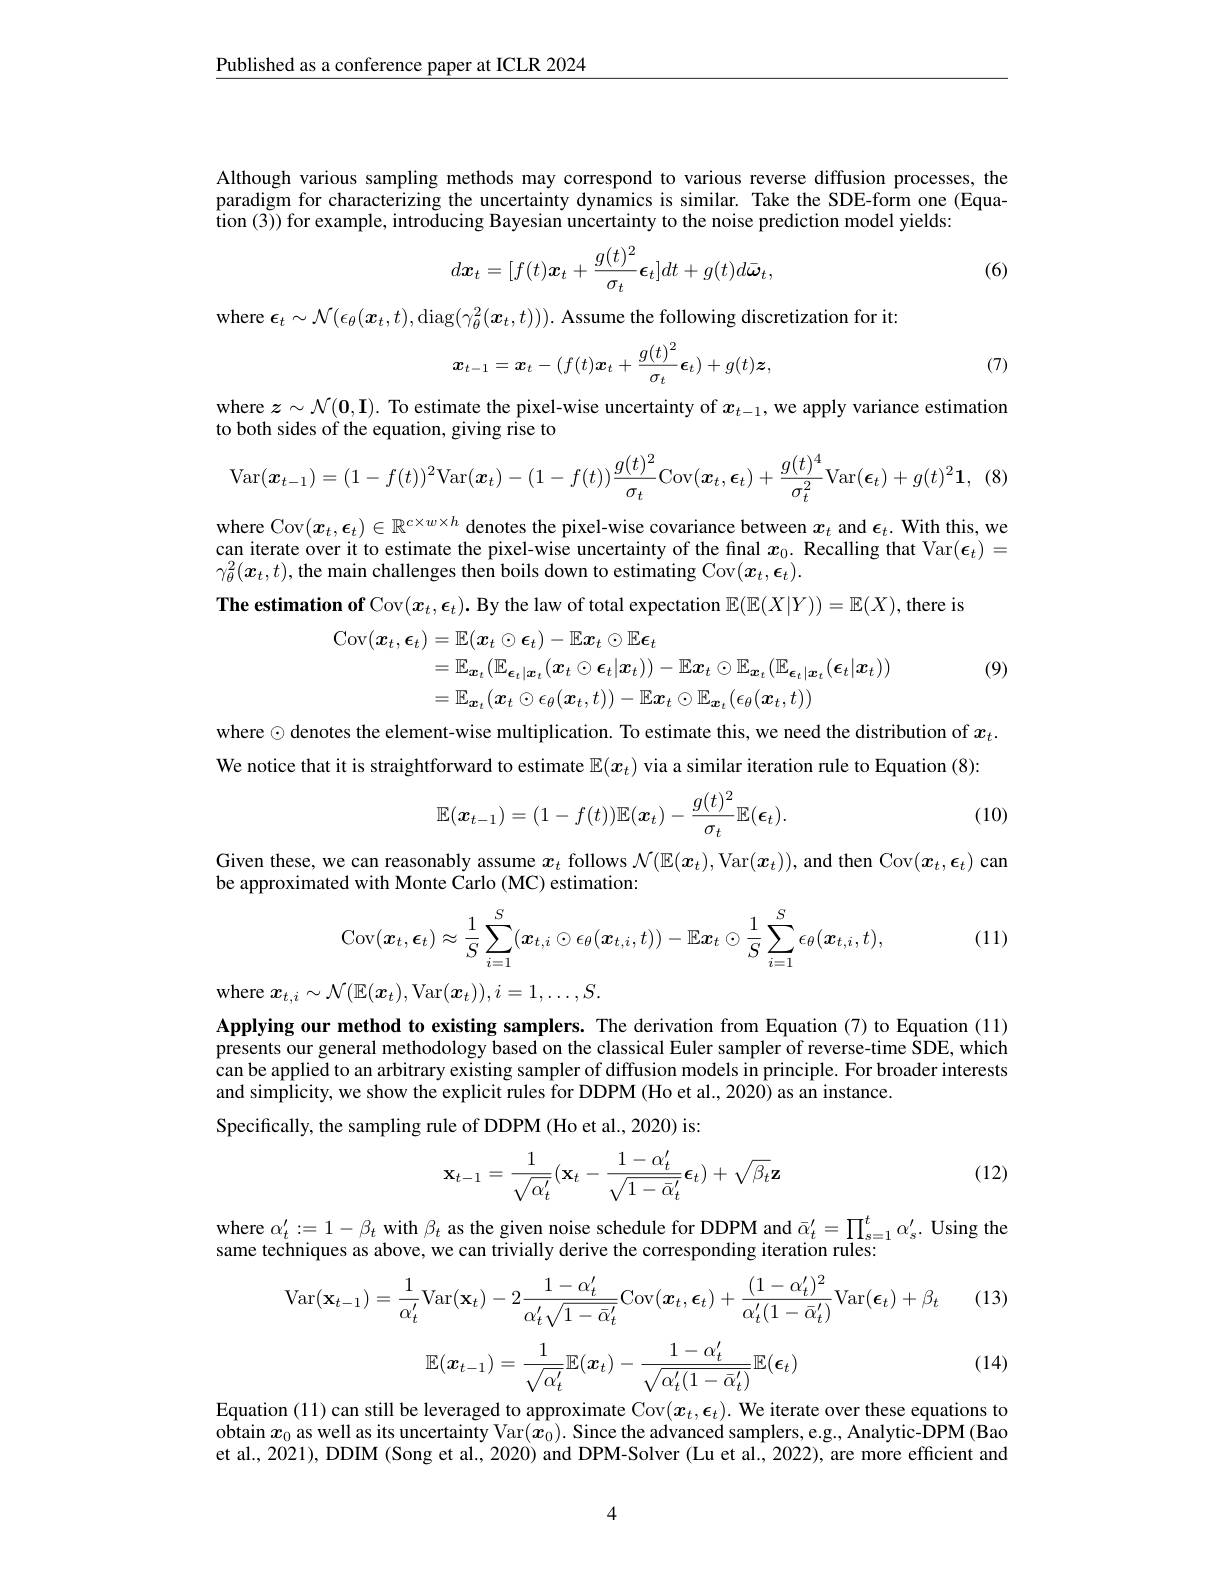
$\underline{\text{Published as a conference paper at ICLR 2024}}$

Although various sampling methods may correspond to various reverse diffusion processes, the paradigm for characterizing the uncertainty dynamics is similar. Take the SDE-form one (Equation (3)) for example, introducing Bayesian uncertainty to the noise prediction model yields:
$$d\boldsymbol{x}_t=[f(t)\boldsymbol{x}_t+\frac{g(t)^2}{\sigma_t}\boldsymbol{\epsilon}_t]dt+g(t)d\bar{\boldsymbol{\omega}}_t,$$
(6)

where $\epsilon_t\sim\mathcal{N}(\epsilon_\theta(\boldsymbol{x}_t,t)$,diag$(\gamma_\theta^2(\boldsymbol{x}_t,t))).$ Assume the following discretization for it

(7)
$$\boldsymbol{x}_{t-1}=\boldsymbol{x}_{t}-(f(t)\boldsymbol{x}_{t}+\frac{g(t)^{2}}{\sigma_{t}}\boldsymbol{\epsilon}_{t})+g(t)\boldsymbol{z},$$
where $z\sim\mathcal{N}(\mathbf{0},\mathbf{I}).$ To estimate the pixel-wise uncertainty of $x_t-1$, we apply variance estimation
to both sides of the equation, giving rise to
$$\mathrm{Var}(\boldsymbol{x}_{t-1})=(1-f(t))^{2}\mathrm{Var}(\boldsymbol{x}_{t})-(1-f(t))\frac{g(t)^{2}}{\sigma_{t}}\mathrm{Cov}(\boldsymbol{x}_{t},\boldsymbol{\epsilon}_{t})+\frac{g(t)^{4}}{\sigma_{t}^{2}}\mathrm{Var}(\boldsymbol{\epsilon}_{t})+g(t)^{2}\mathbf{1},\:(8)$$
where Cov$(\boldsymbol{x}_t,\boldsymbol{\epsilon}_t)\in\mathbb{R}^{c\times w\times h}$ denotes the pixel-wise covariance between $\boldsymbol{x}_t$ and $\boldsymbol{\epsilon}_t.$ With this, we can iterate over it to estimate the pixel-wise uncertainty of the final $x_0.$ Recalling that Var$(\boldsymbol\epsilon_t)=$ $\gamma_{\theta}^{2}(\boldsymbol{x}_{t},t)$,the main challenges then boils down to estimating Cov$(\boldsymbol x_{t},\boldsymbol\epsilon_{t}).$
The estimation of Cov$(x_t,\epsilon_t).$ By the law of total expectation $\mathbb{E}(\mathbb{E}(X|Y))=\mathbb{E}(X)$,there is

(9)
$$\begin{aligned}\operatorname{Cov}(\boldsymbol{x}_{t},\boldsymbol{\epsilon}_{t})&=\mathbb{E}(\boldsymbol{x}_{t}\odot\boldsymbol{\epsilon}_{t})-\mathbb{E}\boldsymbol{x}_{t}\odot\mathbb{E}\boldsymbol{\epsilon}_{t}\\&=\mathbb{E}_{\boldsymbol{x}_{t}}(\mathbb{E}_{\boldsymbol{\epsilon}_{t}|\boldsymbol{x}_{t}}(\boldsymbol{x}_{t}\odot\boldsymbol{\epsilon}_{t}|\boldsymbol{x}_{t}))-\mathbb{E}\boldsymbol{x}_{t}\odot\mathbb{E}_{\boldsymbol{x}_{t}}(\mathbb{E}_{\boldsymbol{\epsilon}_{t}|\boldsymbol{x}_{t}}(\boldsymbol{\epsilon}_{t}|\boldsymbol{x}_{t}))\\&=\mathbb{E}_{\boldsymbol{x}_{t}}(\boldsymbol{x}_{t}\odot\epsilon_{\theta}(\boldsymbol{x}_{t},t))-\mathbb{E}\boldsymbol{x}_{t}\odot\mathbb{E}_{\boldsymbol{x}_{t}}(\epsilon_{\theta}(\boldsymbol{x}_{t},t))\\&=\mathbb{E}_{\boldsymbol{x}_{t}}(\boldsymbol{x}_{t}\odot\epsilon_{\theta}(\boldsymbol{x}_{t},t))-\mathbb{E}\boldsymbol{x}_{t}\odot\mathbb{E}_{\boldsymbol{x}_{t}}(\epsilon_{\theta}(\boldsymbol{x}_{t},t))\end{aligned}$$
where $\odot$ denotes the element-wise multiplication. To estimate this, we need the distribution of $x_t.$ We notice that it is straightforward to estimate $\mathbb{E}(x_t)$ via a similar iteration rule to Equation (8):

(10)
$$\mathbb{E}(\boldsymbol{x}_{t-1})=(1-f(t))\mathbb{E}(\boldsymbol{x}_t)-\frac{g(t)^2}{\sigma_t}\mathbb{E}(\boldsymbol{\epsilon}_t).$$
Given these, we can reasonably assume $x_t$ follows $\mathcal{N}(\mathbb{E}(\boldsymbol{x}_t)$,Var$(\boldsymbol{x}_t))$, and then Cov$(\boldsymbol{x}_t,\boldsymbol{\epsilon}_t)$ can
be approximated with Monte $\tilde{\text{Carlo(MC)estimation:}}$

(11)
$$\mathrm{Cov}(\boldsymbol{x}_t,\boldsymbol{\epsilon}_t)\approx\frac{1}{S}\sum_{i=1}^{S}(\boldsymbol{x}_{t,i}\odot\epsilon_{\theta}(\boldsymbol{x}_{t,i},t))-\mathbb{E}\boldsymbol{x}_{t}\odot\frac{1}{S}\sum_{i=1}^{S}\epsilon_{\theta}(\boldsymbol{x}_{t,i},t),$$
where $x_t,i\sim\mathcal{N}(\mathbb{E}(\boldsymbol{x}_t)$,Var$(\boldsymbol x_t)),i=1,\ldots,S.$

Applying our method to existing samplers. The derivation from Equation (7) to Equation (11) presents our general methodology based on the classical Euler sampler of reverse-time $\hat{\text{SDE,which}}$ can be applied to an arbitrary existing sampler of diffusion models in principle. For broader interests and simplicity, we show the explicit rules for DDPM (Ho et al., 2020) as an instance.
Specifically, the sampling rule of DDPM (Ho et al., 2020) is:

(12)
$$\mathbf{x}_{t-1}=\dfrac{1}{\sqrt{\alpha_t'}}(\mathbf{x}_t-\dfrac{1-\alpha_t'}{\sqrt{1-\bar{\alpha}_t'}}\boldsymbol{\epsilon}_t)+\sqrt{\beta_t}\mathbf{z}$$
where $\alpha _{t}^{\prime }: = 1- \beta _{t}$ with $\beta _{t}$ as the given noise schedule for DDPM and $\bar{\alpha } _{t}^{\prime }= \prod _{s= 1}^{t}\alpha _{s}^{\prime }.$ Using the arma tochriaus as abova triviollv doriva the correcon din itarotion rullorion
same techniques as above, we can trivially derive the corresponding iteration rules

(13)
$$\mathrm{Var}(\mathbf{x}_{t-1})=\frac{1}{\alpha_{t}^{\prime}}\mathrm{Var}(\mathbf{x}_{t})-2\frac{1-\alpha_{t}^{\prime}}{\alpha_{t}^{\prime}\sqrt{1-\bar{\alpha}_{t}^{\prime}}}\mathrm{Cov}(\boldsymbol{x}_{t},\boldsymbol{\epsilon}_{t})+\frac{(1-\alpha_{t}^{\prime})^{2}}{\alpha_{t}^{\prime}(1-\bar{\alpha}_{t}^{\prime})}\mathrm{Var}(\boldsymbol{\epsilon}_{t})+\beta_{t}$$
$$\mathbb{E}(\boldsymbol{x}_{t-1})=\frac{1}{\sqrt{\alpha_t'}}\mathbb{E}(\boldsymbol{x}_t)-\frac{1-\alpha_t'}{\sqrt{\alpha_t'(1-\bar{\alpha}_t')}}\mathbb{E}(\boldsymbol{\epsilon}_t)$$
(14)

Equation (11) can still be leveraged to approximate Cov$(x_t,\epsilon_t).$ We iterate over these equations to obtain $x_0$ as well as its uncertainty Var$(\hat{\boldsymbol{x}}_0).$ Since the advanced samplers, e.g. Analytic- ÎDPM (Bao et al., 2021), DDIM (Song et al., 2020) and DPM-Solver (Lu et al., 2022), are more efficient and

4